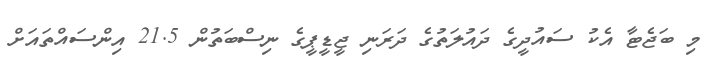
މި ބަޖެޓާ އެކު ސައުދީގެ ދައުލަތުގެ ދަރަނި ޖީޑީޕީގެ ނިސްބަތުން 21.5 އިންސައްތައަށް